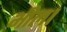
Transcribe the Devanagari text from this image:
भील।